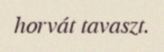
horvát tavaszt.